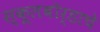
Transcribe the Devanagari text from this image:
स्कूलबोर्डाचे